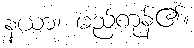
နယာ၊ မည်ကုန်၏။